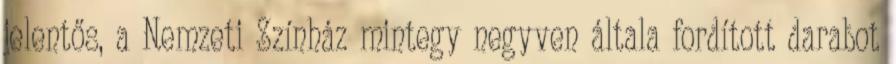
jelentős, a Nemzeti Színház mintegy negyven általa fordított darabot